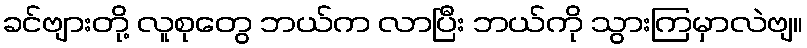
ခင်ဗျားတို့ လူစုတွေ ဘယ်က လာပြီး ဘယ်ကို သွားကြမှာလဲဗျ။